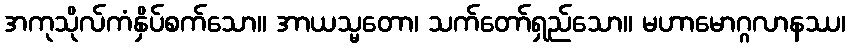
အကုသိုလ်ကံနှိပ်စက်သော။ အာယသ္မတော၊ သက်တော်ရှည်သော။ မဟာမောဂ္ဂလာနဿ၊